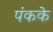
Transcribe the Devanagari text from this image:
पंकके